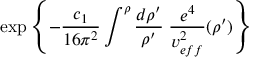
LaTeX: \exp { \left\{ - \frac { c _ { 1 } } { 1 6 \pi ^ { 2 } } \int ^ { \rho } \frac { d \rho ^ { \prime } } { \rho ^ { \prime } } \; \frac { e ^ { 4 } } { v _ { e f f } ^ { 2 } } ( \rho ^ { \prime } ) \right\} }